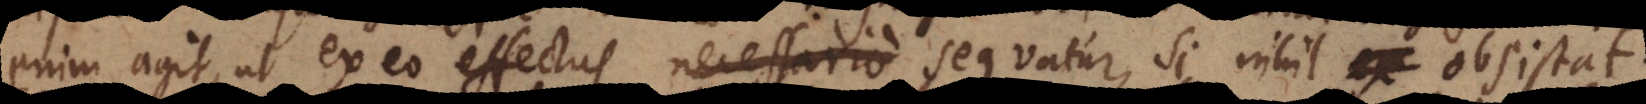
enim agit, ut ex eo effectus necessario sequatur, si nihil ex obsi